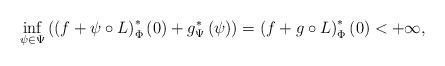
LaTeX: \begin{align*}\inf_{\psi\in\Psi}\left(\left(f+\psi\circ L\right)^{*}_\Phi\left(0\right)+g^{*}_\Psi \left(\psi\right)\right)=\left(f+g\circ L\right)^{*}_\Phi\left(0\right)<+\infty,\end{align*}